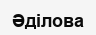
Әділова